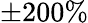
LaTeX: \pm 200\%